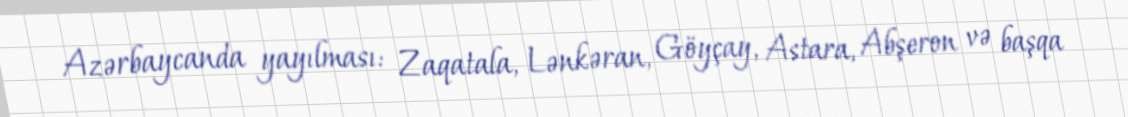
Azərbaycanda yayılması: Zaqatala, Lənkəran, Göyçay, Astara, Abşeron və başqa